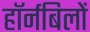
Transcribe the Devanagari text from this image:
हॉर्नबिलों